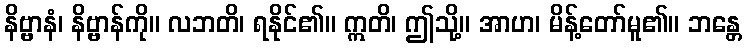
နိဗ္ဗာနံ၊ နိဗ္ဗာန်ကို။ လဘတိ၊ ရနိုင်၏။ ဣတိ၊ ဤသို့။ အာဟ၊ မိန့်တော်မူ၏။ ဘန္တေ